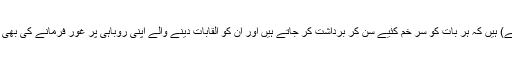
پنجابی واقعی (ڈھگے) ہیں کہ ہر بات کو سر خم کئیے سن کر برداشت کر جاتے ہیں اور ان کو القابات دینے والے اپنی روباہی پر غور فرمانے کی بھی زحمت نہیں کرتے۔